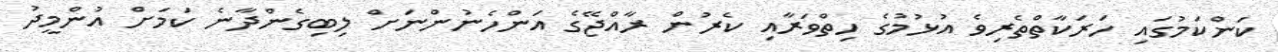
ކަންކަމުގައި ހަރަކާތްތެރިވެ އުޅުމުގެ ހިތްވަރާއި ކެރުން ރާއްޖޭގެ އަންހެނުންނަށް ލިބިގެންދާނެ ކަމަށް އުންމީދު